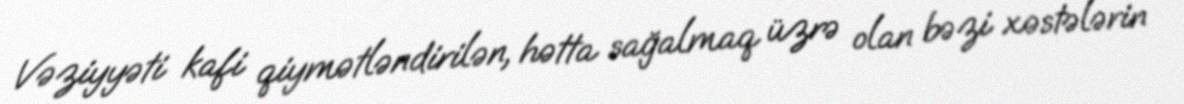
Vəziyyəti kafi qiymətləndirilən, hətta sağalmaq üzrə olan bəzi xəstələrin